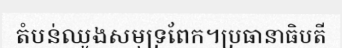
តំបន់ឈូងសមុទ្រពែក។ប្រធានាធិបតី